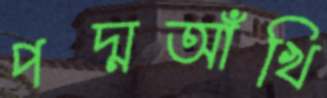
পদ্মআঁখি